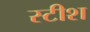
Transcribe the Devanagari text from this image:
स्टीश